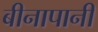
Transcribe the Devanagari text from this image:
बीनापानी